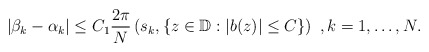
\begin{align*} |\beta_k-\alpha_k|\leq C_1\frac{2\pi}{N}\left( s_k, \{ z \in \mathbb{D}: |b(z)|\leq C\}\right)\ , k=1, \ldots, N . \end{align*}